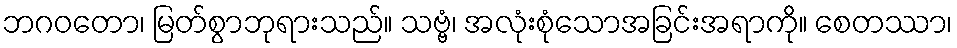
ဘဂဝတော၊ မြတ်စွာဘုရားသည်။ သဗ္ဗံ၊ အလုံးစုံသောအခြင်းအရာကို။ စေတဿာ၊